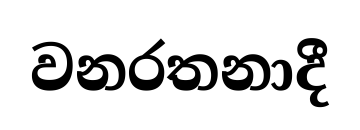
වනරතනාදී